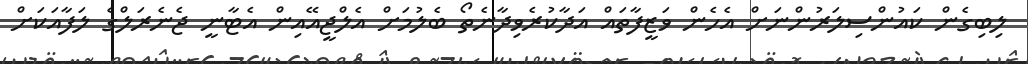
ލިބިގެން ކައުންސިލަރުންނަށް އެހެން ވަޒީފާތައް އަދާކުރެވިދާނެތޯ ބެލުމަށް އެލްޖީއޭއިން އެޓާނީ ޖެނެރަލްގެ ލަފާއަކަށް